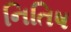
નિતિષ